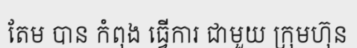
តែម បាន កំពុង ធ្វើការ ជាមួយ ក្រុមហ៊ុន